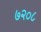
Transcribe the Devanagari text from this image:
७२०८